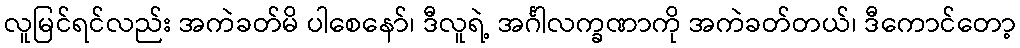
လူမြင်ရင်လည်း အကဲခတ်မိ ပါစေနော်၊ ဒီလူရဲ့ အင်္ဂါလက္ခဏာကို အကဲခတ်တယ်၊ ဒီကောင်တော့